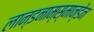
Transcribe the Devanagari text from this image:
लान्डनाम्स्मान्डेन